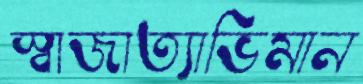
স্বাজাত্যাভিমান